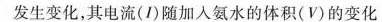
发生变化，其电流(I)随加入氨水的体积(V)的变化